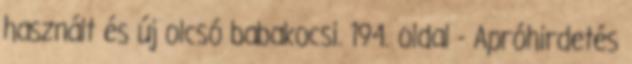
használt és új olcsó babakocsi. 194. oldal - Apróhirdetés